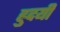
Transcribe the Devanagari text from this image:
ह्रुदयी